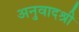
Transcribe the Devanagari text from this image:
अनुवादश्री